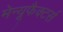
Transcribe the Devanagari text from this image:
मेन्यूफैक्टर्स